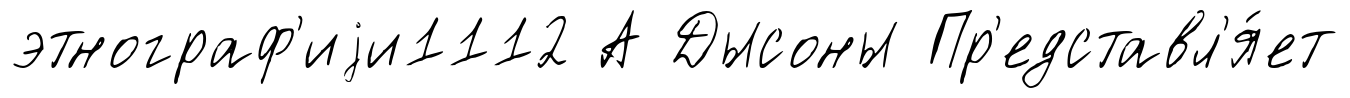
этнограф'иjи1112 А Дысоны Пр'едставл'я́ет